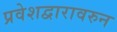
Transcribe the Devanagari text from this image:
प्रवेशद्वारावरुन